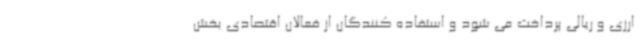
ارزی و ریالی پرداخت می شود و استفاده کنندگان از فعالان اقتصادی بخش